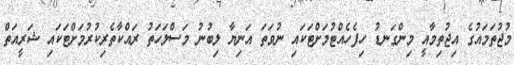
މުޖުތަމައުގެ އިޖުތިމާއީ މިންގަނޑު ހިފެހެއްޓުމަށްޓަކައި ނުވަތަ އަނިޔާ ލިބުނު މަސްލަހަތު ރައްކާތެރިކުރުމަށްޓަކައި ޝަރީއަތް